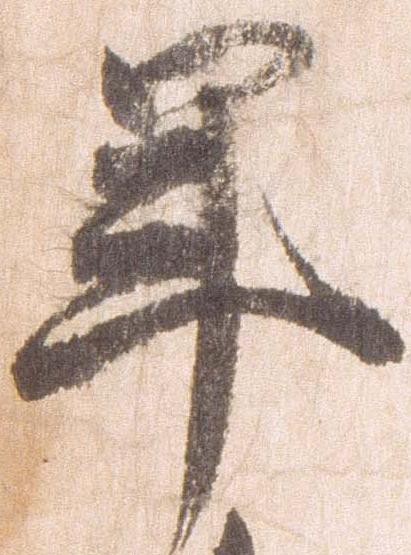
年